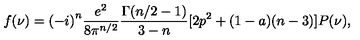
f ( \nu ) = { ( - i ) } ^ { n } \frac { e ^ { 2 } } { 8 { \pi } ^ { n / 2 } } \frac { \Gamma ( n / 2 - 1 ) } { 3 - n } [ 2 p ^ { 2 } + ( 1 - a ) ( n - 3 ) ] P ( \nu ) ,